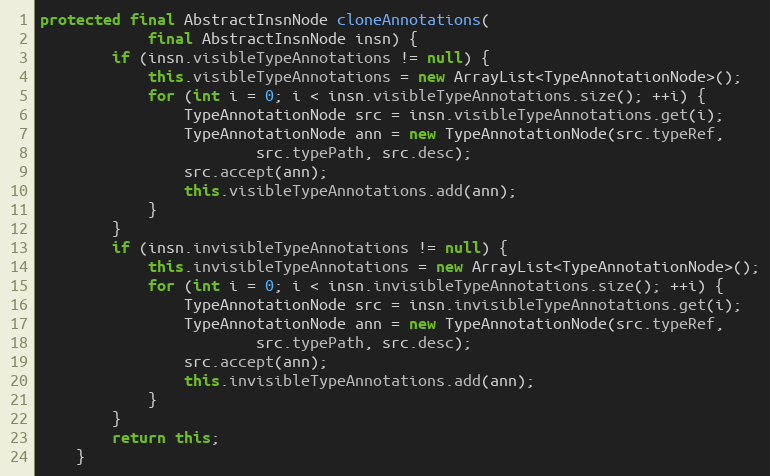
Language: Java
protected final AbstractInsnNode cloneAnnotations(
            final AbstractInsnNode insn) {
        if (insn.visibleTypeAnnotations != null) {
            this.visibleTypeAnnotations = new ArrayList<TypeAnnotationNode>();
            for (int i = 0; i < insn.visibleTypeAnnotations.size(); ++i) {
                TypeAnnotationNode src = insn.visibleTypeAnnotations.get(i);
                TypeAnnotationNode ann = new TypeAnnotationNode(src.typeRef,
                        src.typePath, src.desc);
                src.accept(ann);
                this.visibleTypeAnnotations.add(ann);
            }
        }
        if (insn.invisibleTypeAnnotations != null) {
            this.invisibleTypeAnnotations = new ArrayList<TypeAnnotationNode>();
            for (int i = 0; i < insn.invisibleTypeAnnotations.size(); ++i) {
                TypeAnnotationNode src = insn.invisibleTypeAnnotations.get(i);
                TypeAnnotationNode ann = new TypeAnnotationNode(src.typeRef,
                        src.typePath, src.desc);
                src.accept(ann);
                this.invisibleTypeAnnotations.add(ann);
            }
        }
        return this;
    }